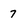
Character: 7